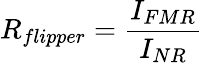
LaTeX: R_{flipper}=\frac{I_{FMR}}{I_{NR}}